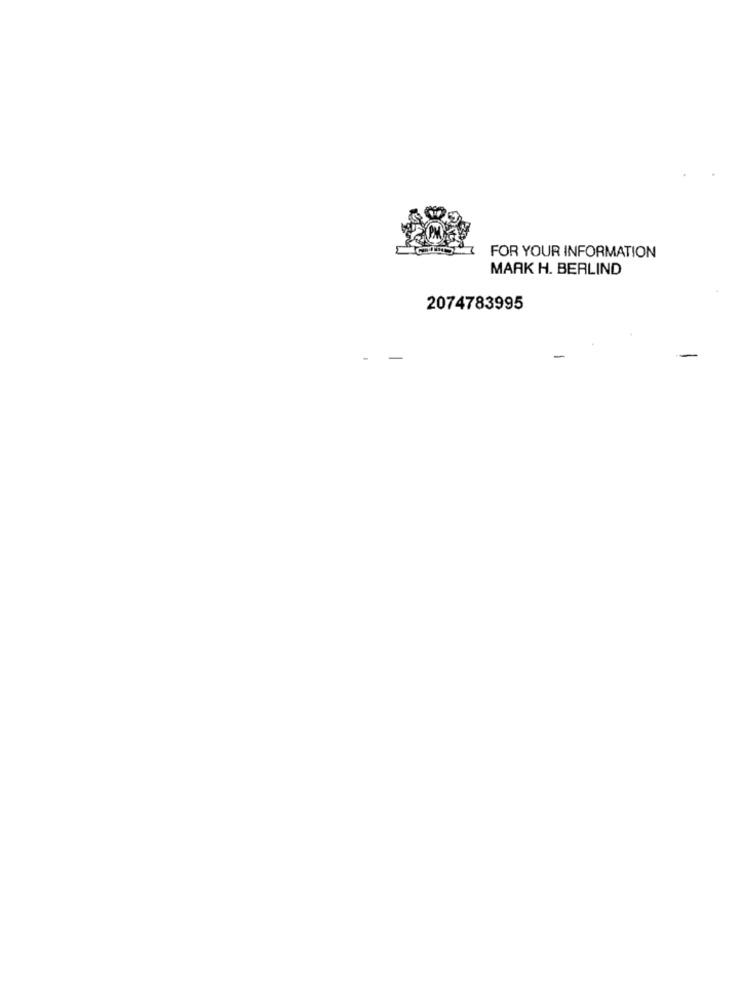
FOR YOUR INFORMATION
MARK H. BERLIND
2074783995